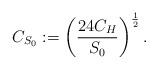
LaTeX: \begin{align*} C_{S_0}:= \left(\frac{24 C_H}{S_0}\right)^{\frac{1}{2}}.\end{align*}